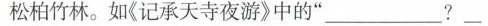
松柏竹林。如《记承天寺夜游》中的”___? ___